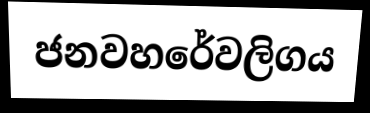
ජනවහරේවලිගය